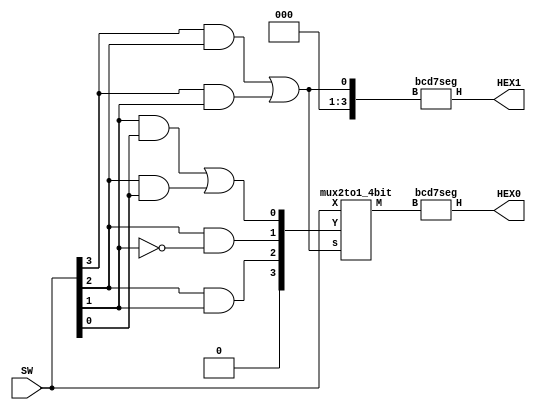
// bcd-to-decimal converter
module part_sim (SW, HEX1, HEX0);
	input [3:0] SW;
	output [0:6] HEX1, HEX0;

	wire[3:0] V, M;
	wire[3:0] A;
	wire z;
	
	assign V = SW;

	// comparator circuit for V > 9
	assign z = (V[3] & V[2]) | (V[3] & V[1]);

	// Circuit A: when V > 9, this circuit allows the digit d0 to display the
	// values 0 - 5 (for the numbers V = 10 to V = 15). Note that V3 = 1 for all of these 
	// values, and V3 isn't needed in circuit A. The circuit implements the truth table
	//
	// V2 V1 V0 | A2 A1 A0
	// -------------------
	// 0  1  0  | 0  0  0  (V = 1010 -> 0)
	// 0  1  1  | 0  0  1  (V = 1011 -> 1)
	// 1  0  0  | 0  1  0  (V = 1100 -> 2)
	// 1  0  1  | 0  1  1  (V = 1101 -> 3)
	// 1  1  0  | 1  0  0  (V = 1110 -> 4)
	// 1  1  1  | 1  0  1  (V = 1111 -> 5)
	assign A[3] = 1'b0;
	assign A[2] = V[2] & V[1];
	assign A[1] = V[2] & ~V[1];
	assign A[0] = (V[1] & V[0]) | (V[2] & V[0]);

	// multiplexers
	mux2to1_4bit U1 (V, A, z, M);
	
	bcd7seg U2 (M, HEX0);
	bcd7seg U3 ({3'b0, z}, HEX1);
endmodule
			
// Implements a 4-bit wide 2-to-1 multiplexer.
module mux2to1_4bit (X, Y, s, M);
	input [3:0] X, Y;	
	input s;
	output [3:0] M;

	assign M[0] = (~s & X[0]) | (s & Y[0]);
	assign M[1] = (~s & X[1]) | (s & Y[1]);
	assign M[2] = (~s & X[2]) | (s & Y[2]);
	assign M[3] = (~s & X[3]) | (s & Y[3]);
endmodule

module bcd7seg (B, H);
	input [3:0] B;
	output [0:6] H;

	wire [0:6] H;

	/*
	 *       0  
	 *      ---  
	 *     |   |
	 *    5|   |1
	 *     | 6 |
	 *      ---  
	 *     |   |
	 *    4|   |2
	 *     |   |
	 *      ---  
	 *       3  
	 */
	// B  H
	// ----------
	// 0  0000001;
	// 1  1001111;
	// 2  0010010;
	// 3  0000110;
	// 4  1001100;
	// 5  0100100;
	// 6  0100000;
	// 7  0001111;
	// 8  0000000;
	// 9  0000100;
	assign H[0] = (~B[3] & B[2] & ~B[1] & ~B[0]) | (~B[3] & ~B[2] & ~B[1] & B[0]);
	assign H[1] = (B[2] & ~B[1] & B[0]) | (B[2] & B[1] & ~B[0]);
	assign H[2] = (~B[2] & B[1] & ~B[0]);
	assign H[3] = (~B[3] & ~B[2] & ~B[1] & B[0]) | (~B[3] & B[2] & ~B[1] & ~B[0]) | 
		(~B[3] & B[2] & B[1] & B[0]);
	assign H[4] = (~B[1] & B[0]) | (~B[3] & B[0]) | (~B[3] & B[2] & ~B[1]);
	assign H[5] = (B[1] & B[0]) | (~B[2] & B[1]) | (~B[3] & ~B[2] & B[0]);
	assign H[6] = (B[2] & B[1] & B[0]) | (~B[3] & ~B[2] & ~B[1]);
endmodule